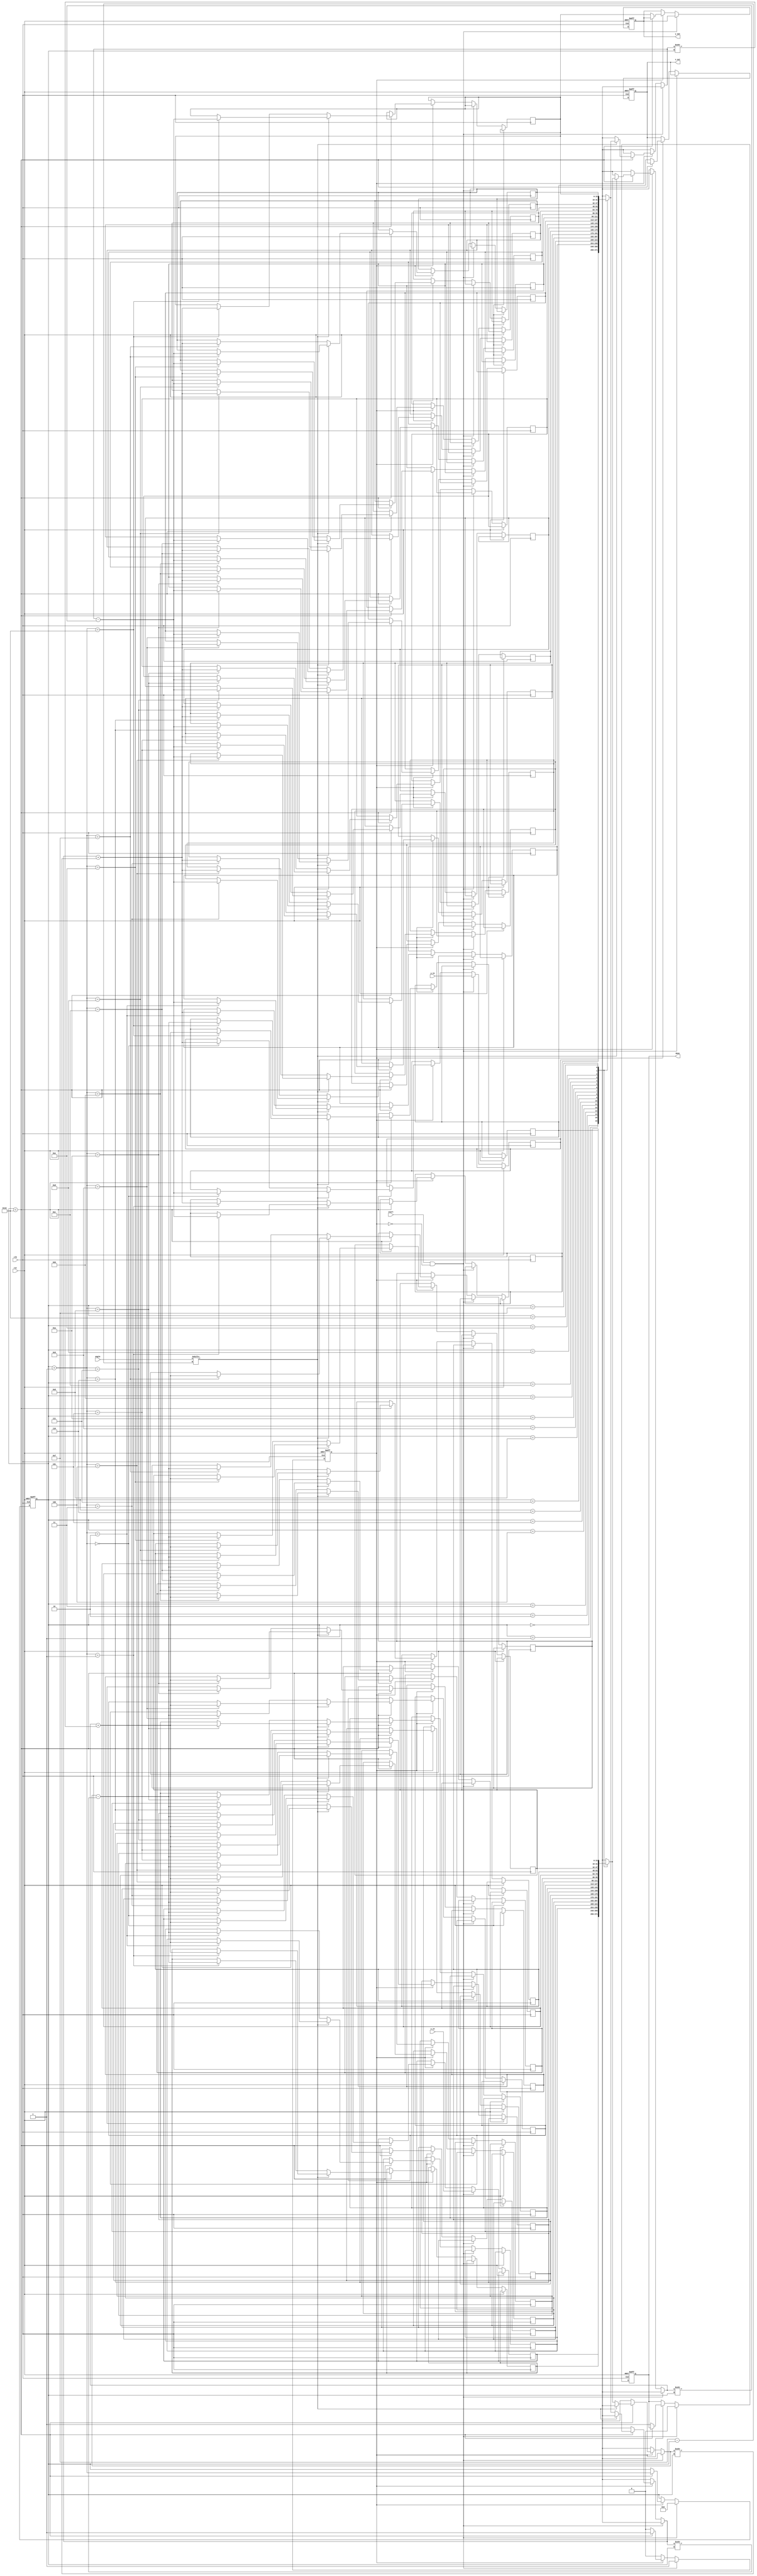
module pipeline_cordic (
    input clk,
    input rst,
    input start,
    input [15:0] angle, // Input angle (fixed-point)
    input [15:0] x_in,  // Input x coordinate (fixed-point)
    input [15:0] y_in,  // Input y coordinate (fixed-point)
    output reg [15:0] x_out, // Output x coordinate (fixed-point)
    output reg [15:0] y_out, // Output y coordinate (fixed-point)
    output reg done       // Operation complete signal
);

    parameter NUM_STAGES = 16; // Number of pipeline stages
    parameter ANGLE_PRECISION = 15; // Precision of the angles

    // Rotation parameters
    reg [15:0] atan_table [0:NUM_STAGES-1]; // Angle lookup table
    reg [15:0] x_stage [0:NUM_STAGES]; // Pipeline registers for x
    reg [15:0] y_stage [0:NUM_STAGES]; // Pipeline registers for y
    reg [NUM_STAGES-1:0] d_stage; // Direction control for each stage

    // Control signals
    reg [4:0] stage_counter; // Counter to track the current stage
    reg running; // Status of the CORDIC operation

    // Initialize the atan_table with predefined values (arctan(2^-i))
    initial begin
        atan_table[0] = 16'h3243; // atan(1)
        atan_table[1] = 16'h1DAC; // atan(1/2)
        atan_table[2] = 16'h0FB3; // atan(1/4)
        atan_table[3] = 16'h05A8; // atan(1/8)
        // Continue initializing as needed ...
    end

    // CORDIC operation
    always @(posedge clk or posedge rst) begin
        if (rst) begin
            stage_counter <= 0;
            running <= 0;
            done <= 0;
            x_out <= 0;
            y_out <= 0;
        end else if (start && !running) begin
            // Start the CORDIC operation
            running <= 1;
            x_stage[0] <= x_in;
            y_stage[0] <= y_in;
            d_stage <= {{(NUM_STAGES-1){1'b0}}, angle[15]}; // Initial d value
            stage_counter <= 0;
            done <= 0;
        end else if (running) begin
            // Pipeline CORDIC stages
            if (stage_counter < NUM_STAGES) begin
                // Compute next stage
                if (angle[15-stage_counter]) begin
                    // d = -1 (clockwise rotation)
                    x_stage[stage_counter + 1] <= x_stage[stage_counter] + (y_stage[stage_counter] >>> stage_counter);
                    y_stage[stage_counter + 1] <= y_stage[stage_counter] - (x_stage[stage_counter] >>> stage_counter);
                    d_stage[stage_counter + 1] <= 1'b0; // Negative rotation
                end else begin
                    // d = +1 (counter-clockwise rotation)
                    x_stage[stage_counter + 1] <= x_stage[stage_counter] - (y_stage[stage_counter] >>> stage_counter);
                    y_stage[stage_counter + 1] <= y_stage[stage_counter] + (x_stage[stage_counter] >>> stage_counter);
                    d_stage[stage_counter + 1] <= 1'b1; // Positive rotation
                end
                stage_counter <= stage_counter + 1;
            end else begin
                // Final output after all stages
                x_out <= x_stage[NUM_STAGES];
                y_out <= y_stage[NUM_STAGES];
                done <= 1; // Indicate operation complete
                running <= 0; // Reset running state
            end
        end
    end

endmodule